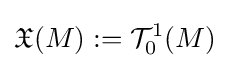
{\mathfrak {X}}(M):={\mathcal {T}}_{0}^{1}(M)